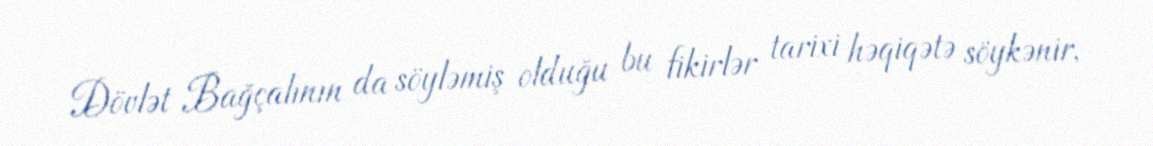
Dövlət Bağçalının da söyləmiş olduğu bu fikirlər tarixi həqiqətə söykənir,